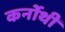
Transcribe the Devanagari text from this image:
कर्नोथी